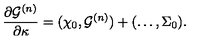
{ \frac { \partial { \cal G } ^ { ( n ) } } { \partial \kappa } } = ( \chi _ { 0 } , { \cal G } ^ { ( n ) } ) + ( \ldots , \Sigma _ { 0 } ) .